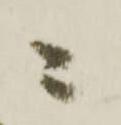
二